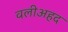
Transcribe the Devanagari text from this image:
वलीअहद